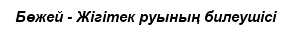
Бөжей - Жігітек руының билеушісі